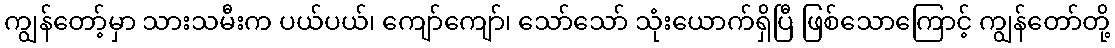
ကျွန်တော့်မှာ သားသမီးက ပယ်ပယ်၊ ကျော်ကျော်၊ သော်သော် သုံးယောက်ရှိပြီ ဖြစ်သောကြောင့် ကျွန်တော်တို့